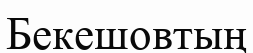
Бекешовтың